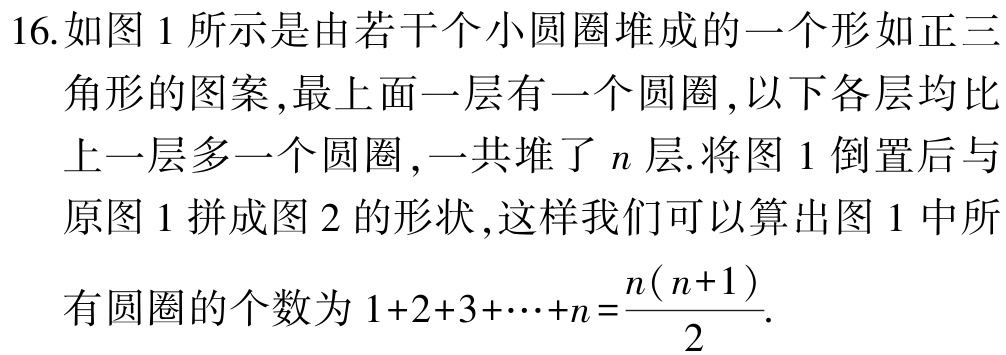
16.如图1所示是由若干个小圆圈堆成的一个形如正三角形的图案,最上面一层有一个圆圈,以下各层均比上一层多一个圆圈,一共堆了\(n\)层.将图1倒置后与原图1拼成图2的形状,这样我们可以算出图1中所有圆圈的个数为\(1 + 2+3+\cdots +n=\frac{n(n + 1)}{2}\).